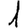
Digit: 1